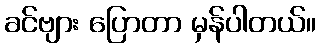
ခင်ဗျား ပြောတာ မှန်ပါတယ်။